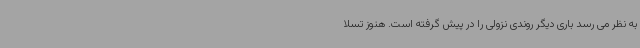
به نظر می رسد باری دیگر روندی نزولی را در پیش گرفته است. هنوز تسلا